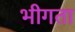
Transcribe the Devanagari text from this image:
भीगता